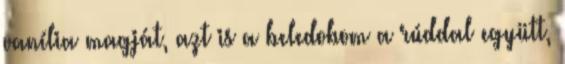
vanília magját, azt is a beledobom a rúddal együtt,